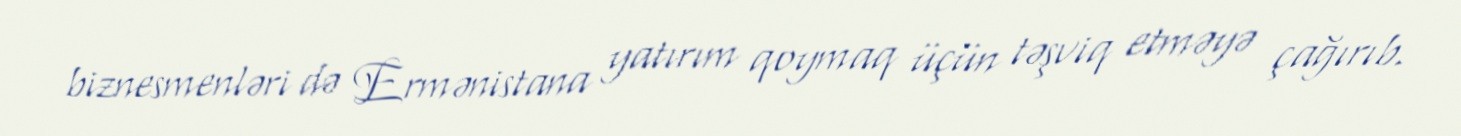
biznesmenləri də Ermənistana yatırım qoymaq üçün təşviq etməyə çağırıb.